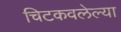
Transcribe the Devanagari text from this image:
चिटकवलेल्या